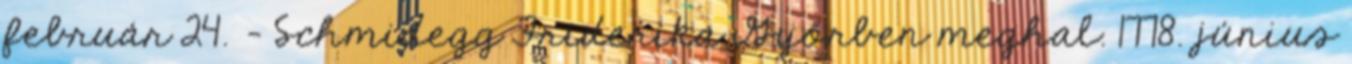
február 24. – Schmidegg Friderika Győrben meghal. 1778. június